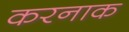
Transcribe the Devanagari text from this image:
करनाक